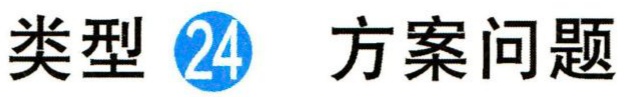
类型 \textcircled{24} 方案问题